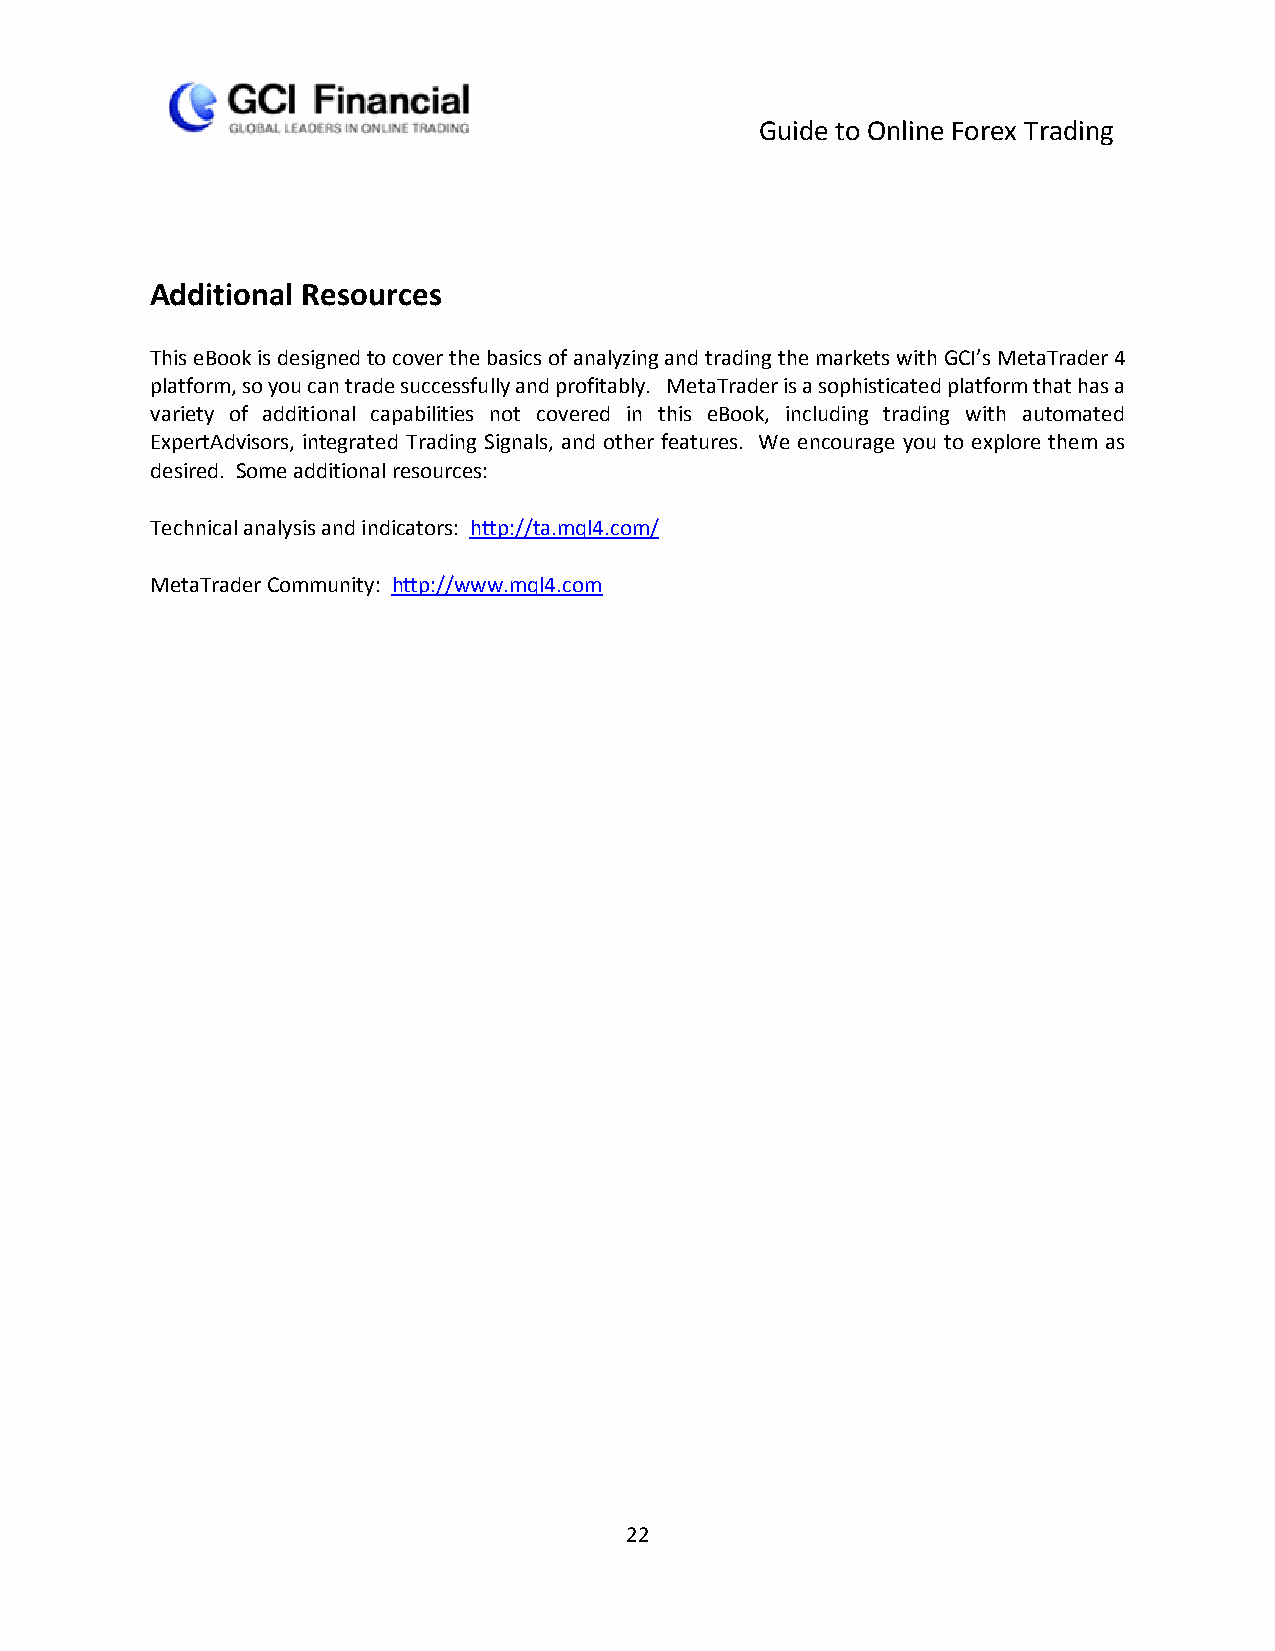
Guide to Online Forex Trading
 Additional Resources
 This eBook is designed to cover the basics of analyzing and trading the markets with GCI’s MetaTrader 4
 platform, so you can trade successfully and profitably. MetaTrader is a sophisticated platform that has a
 variety of additional capabilities not covered in this eBook, including trading with automated
 ExpertAdvisors, integrated Trading Signals, and other features. We encourage you to explore them as
 desired. Some additional resources:
 Technical analysis and indicators: http://ta.mql4.com/
 MetaTrader Community: http://www.mql4.com
 22